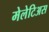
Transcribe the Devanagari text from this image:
मेलेटिअस